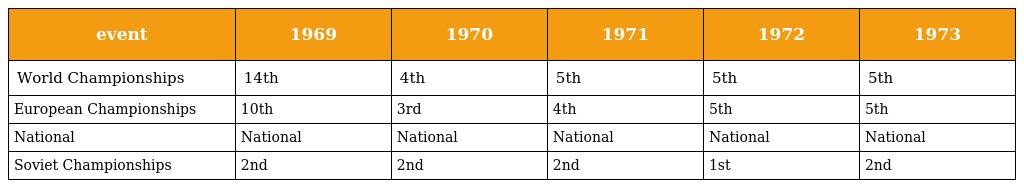
| event | 1969 | 1970 | 1971 | 1972 | 1973 |
 | --- | --- | --- | --- | --- | --- |
 | World Championships | 14th | 4th | 5th | 5th | 5th |
 | European Championships | 10th | 3rd | 4th | 5th | 5th |
 | National | National | National | National | National | National |
 | Soviet Championships | 2nd | 2nd | 2nd | 1st | 2nd |